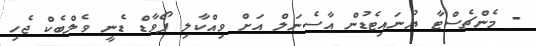
- މެންޗެސްޓާ ޔުނައިޓެޑުން އާސެނަލް އަށް ވިއްކާލި ފޯވާޑް ޑެނީ ވެލްބެކް ޖެހި